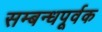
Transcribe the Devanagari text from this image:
सम्बन्धपूर्वक